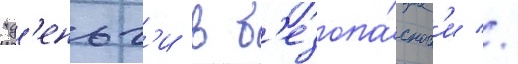
"д'еньг'и в б'езопа́сност'и //